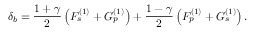
\delta _ { b } = { \frac { 1 + \gamma } { 2 } } \left( F _ { s } ^ { ( 1 ) } + G _ { p } ^ { ( 1 ) } \right) + { \frac { 1 - \gamma } { 2 } } \left( F _ { p } ^ { ( 1 ) } + G _ { s } ^ { ( 1 ) } \right) .